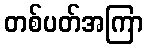
တစ်ပတ်အကြာ